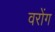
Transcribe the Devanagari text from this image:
वरोंग